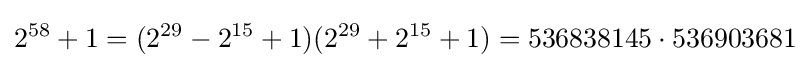
2^{58}+1=(2^{29}-2^{15}+1)(2^{29}+2^{15}+1)=536838145\cdot 536903681